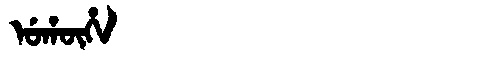
Manchu: ᡠᡥᡡᡥᠠ
Romanization: UHŪHA